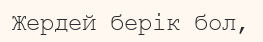
Жердей берік бол,